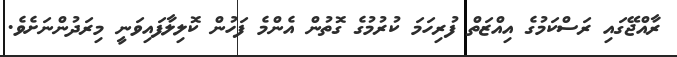
ރާއްޖޭގައި ރަސްކަމުގެ އިއްޒަތް ފުރިހަމަ ކުރުމުގެ ގޮތުން އެންމެ ފަހުން ކޮލިލާފައިވަނީ މިރަދުންނަށެވެ.